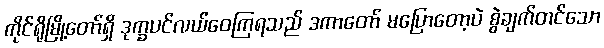
ကိုင်ရိုမြို့တော်ရှိ ဒုက္ခပင်လယ်ဝေကြရသည် ဒကာတော် မပြောတော့ပဲ စွဲချက်တင်သော